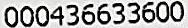
000436633600